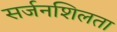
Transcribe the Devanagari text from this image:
सर्जनशिलता